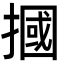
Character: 摑